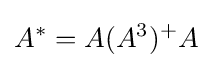
A^{*}=A(A^{3})^{+}A